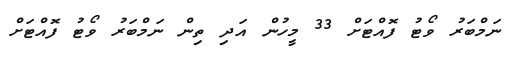
ނަމްބަރު ވޯޓު ފޮއްޓަށް 33 މީހުން އަދި ތިން ނަމްބަރު ވޯޓު ފޮއްޓަށް